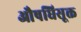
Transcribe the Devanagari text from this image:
औषधिसूक्त